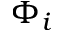
\Phi _ { i }